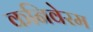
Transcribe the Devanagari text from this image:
कनिवेरम